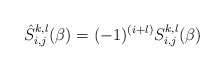
\begin{align*}\hat S_{i,j}^{k,l}(\beta )=(-1)^{(i+l)}S_{i,j}^{k,l}(\beta)\end{align*}